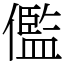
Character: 儖